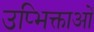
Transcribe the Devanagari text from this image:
उप्भिक्ताओं